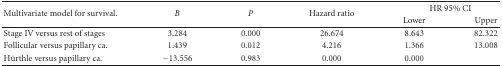
<table><thead><tr><td rowspan="2"><b>Multivariate model for survival.</b></td><td rowspan="2"><b><i>B</i></b></td><td rowspan="2"><b><i>P</i></b></td><td rowspan="2"><b>Hazard ratio</b></td><td colspan="2"><b>HR 95% CI</b></td></tr><tr><td><b>Lower</b></td><td><b>Upper</b></td></tr></thead><tbody><tr><td>Stage IV versus rest of stages</td><td>3.284</td><td>0.000</td><td>26.674</td><td>8.643</td><td>82.322</td></tr><tr><td>Follicular versus papillary ca.</td><td>1.439</td><td>0.012</td><td>4.216</td><td>1.366</td><td>13.008</td></tr><tr><td>Hürthle versus papillary ca.</td><td>−13.556</td><td>0.983</td><td>0.000</td><td>0.000</td><td></td></tr></tbody></table>